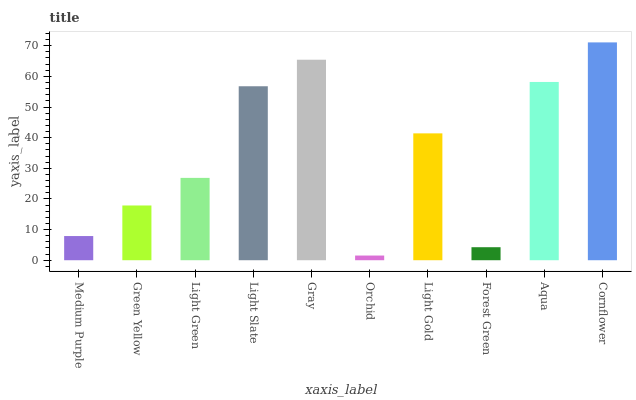
| xaxis_label | bars |
 | --- | --- |
 | Medium Purple | 7.89 |
 | Green Yellow | 17.9 |
 | Light Green | 26.9 |
 | Light Slate | 56.8 |
 | Gray | 65.4 |
 | Orchid | 1.53 |
 | Light Gold | 41.4 |
 | Forest Green | 4.25 |
 | Aqua | 58.2 |
 | Cornflower | 71.1 |